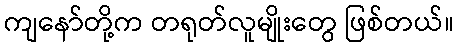
ကျနော်တို့က တရုတ်လူမျိုးတွေ ဖြစ်တယ်။